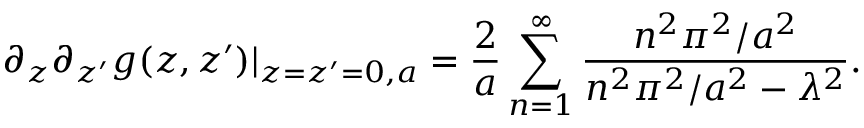
\partial _ { z } \partial _ { z ^ { \prime } } g ( z , z ^ { \prime } ) | _ { z = z ^ { \prime } = 0 , a } = { \frac { 2 } { a } } \sum _ { n = 1 } ^ { \infty } { \frac { n ^ { 2 } \pi ^ { 2 } / a ^ { 2 } } { n ^ { 2 } \pi ^ { 2 } / a ^ { 2 } - \lambda ^ { 2 } } } .